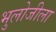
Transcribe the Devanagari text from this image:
भुलोजीला